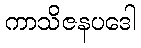
ကာသိဇနပဒေါ